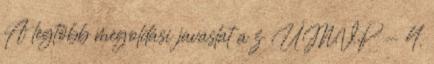
A legtöbb megoldási javaslat a z ÚMVP - 4.